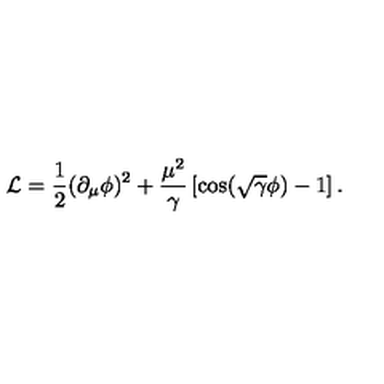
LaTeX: { \cal { L } } = \frac { 1 } { 2 } ( \partial _ { \mu } \phi ) ^ { 2 } + \frac { \mu ^ { 2 } } { \gamma } \left[ \cos ( \sqrt { \gamma } \phi ) - 1 \right] .